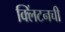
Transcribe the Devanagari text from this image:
क्लिंटनची